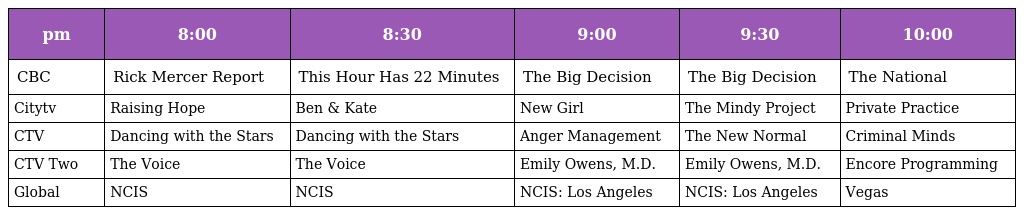
| pm | 8:00 | 8:30 | 9:00 | 9:30 | 10:00 |
 | --- | --- | --- | --- | --- | --- |
 | CBC | Rick Mercer Report | This Hour Has 22 Minutes | The Big Decision | The Big Decision | The National |
 | Citytv | Raising Hope | Ben & Kate | New Girl | The Mindy Project | Private Practice |
 | CTV | Dancing with the Stars | Dancing with the Stars | Anger Management | The New Normal | Criminal Minds |
 | CTV Two | The Voice | The Voice | Emily Owens, M.D. | Emily Owens, M.D. | Encore Programming |
 | Global | NCIS | NCIS | NCIS: Los Angeles | NCIS: Los Angeles | Vegas |